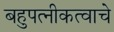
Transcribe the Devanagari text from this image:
बहुपत्‍नीकत्वाचे